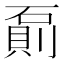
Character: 𰧌